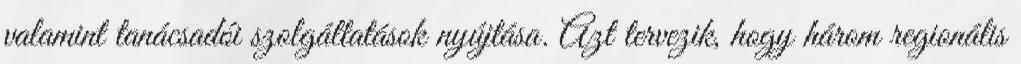
valamint tanácsadói szolgáltatások nyújtása. Azt tervezik, hogy három regionális